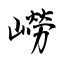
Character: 嶗